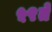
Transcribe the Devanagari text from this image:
५९ते